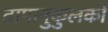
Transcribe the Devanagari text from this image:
तापानुकुलकों